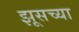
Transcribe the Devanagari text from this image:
झूसच्या